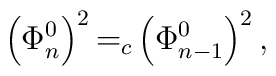
\left( \Phi _n^0\right) ^2{=}_{c} \left( \Phi _{n-1}^0\right) ^2,